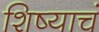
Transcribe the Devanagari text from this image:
शिष्याचं